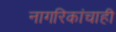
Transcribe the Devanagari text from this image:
नागरिकांचाही